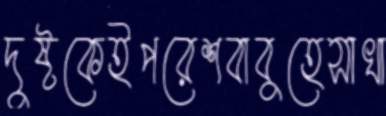
দুষ্টকেইপরেশবাবুহেসাখা